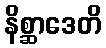
နိစ္ဆာဒေတိ